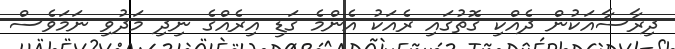
ދިރާސާއަކުން ދެއްކި ގޮތުގައި ރެއަކު އެންމެ ގަޑި އިރެއްގެ ނިދި މަދުވި ނަމަވެސް